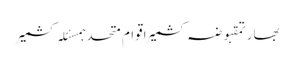
بھارتمقبوضہ کشمیراقوام متحدہمسئلہ کشمیر